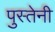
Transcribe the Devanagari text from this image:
पुस्तेनी